Vaccination report Assam 1896-1927 - 1896-1927
Year: 1896
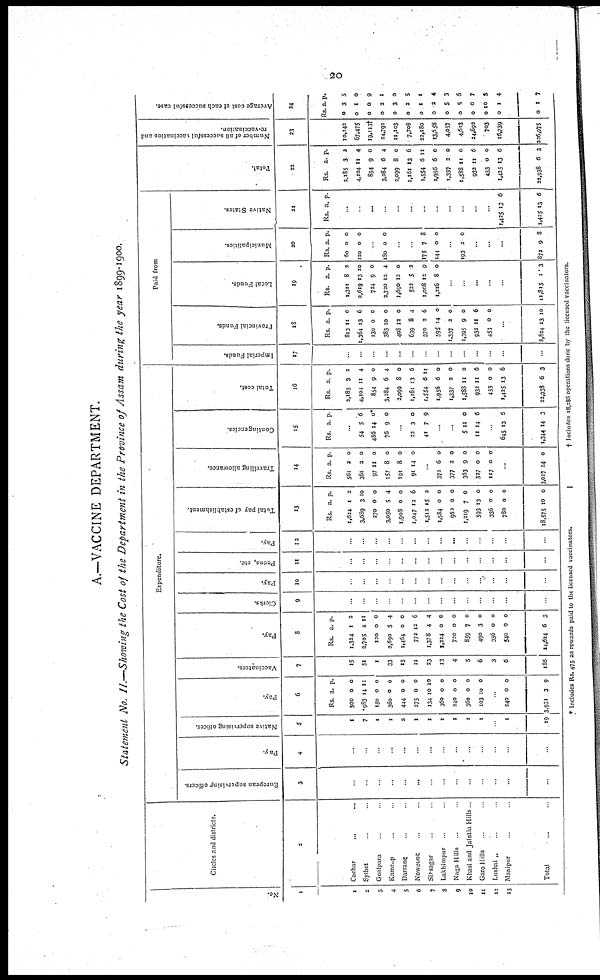
20
A.—VACCINE DEPARTMENT.
Statement No. II.—Showing the Cost of the Department in the Province of Assam during the year 1899-1900.
No.
1
1
2
3
4
5
6
7
8
9
10
11
12
13
Circles and districts.
2
Cachar
...
...
Sylhct ... ...
Goalpara ... ...
Kamrup ... ...
Darrang ... ...
Nowgong ... ...
Sirsagar ... ...
Lakhimpur ... ...
Naga Hills ... ...
Khasi and Jaintia Hills .
Garo Hills ... ...
Lushai „ ...
Manipur ... ...
Total ... ...
Expenditure.
European supervising officers.
3
...
...
...
...
...
...
...
...
...
...
...
...
...
...
Pay.
4
...
...
...
...
...
...
...
...
...
...
...
...
...
...
Native superising officer.
5
1
7
...
...
...
...
...
...
...
...
...
...
1
19
Pay.
6
Rs.
300
983
150
360
444
275
134
360
340
360
103
a.
0
14
0
0
0
0
10
0
0
0
10
p.
0
11
0
0
0
0
10
0
0
0
0
...
240
3,951
0
3
0
9
Vaccinators.
7
15
51
1
33
15
11
23
13
4
5
6
3
6
186
Pay.
8
Rs.
1,324
3,705
120
2,690
1,464
772
1,378
1,324
720
859
490
336
540
14,624
a.
1
4
0
5
0
12
4
0
0
7
3
0
0
6
p.
2
11
0
4
0
6
4
0
0
0
0
0
0
3
Clerks.
9
...
...
...
...
...
...
...
...
...
...
...
...
...
...
Pay.
10
...
...
...
...
...
...
...
...
...
...
...
...
...
...
Peons, etc.
11
...
...
...
...
...
...
...
...
...
...
...
...
...
...
Pay.
12
...
...
...
...
...
...
...
...
...
...
...
...
...
...
Total pay of establishment.
13
Rs.
1,624
3,689
270
3,050
1,908
1,047
1,512
1,584
960
1,219
593
336
780
18,575
a.
1
3
0
5
0
13
15
0
0
7
13
0
0
10
p.
2
10
0
4
0
6
2
0
0
0
0
0
0
0
Travelling allowance.
14
Rs.
561
361
97
157
191
91
a.
2
3
11
8
8
14
p.
0
0
0
0
0
0
...
373
377
363
327
117
6
2
9
0
0
0
0
0
0
0
...
3,017 14 0
Contingencies.
15
Rs. a. p.
...
54
486
76
5
14
9
6
0*
0
...
22
41
3
7
0
9
...
...
5
11
11
14
0
6
...
645
1,344
13
14
5
3
Total cost.
16
Rs.
2,185
4,104
854
3,284
2,099
1,161
1,554
1,956
1,337
1,588
932
453
1,425
22,933
a.
3
11
9
6
8
13
6
6
2
11
11
0
13
6
p.
2
4
0
4
0
6
11
0
0
0
6
0
6
3
Paid from
Imperial Funds.
17
...
...
...
...
...
...
...
...
...
...
...
...
...
...
Provincial Funds.
18
Rs.
813
1,364
130
383
408
639
370
595
1,337
1,395
933
453
a.
11
13
0
10
12
8
2
14
2
9
11
0
p.
0
6
0
0
0
4
6
0
0
0
6
0
...
8,824 13 10
Local Funds.
19
Rs.
1,311
2,619
724
2,730
1,690
532
1,008
1,316
a.
8
13
9
12
13
5
13
8
p.
2
10
0
4
0
2
9
0
...
...
...
...
...
11,815 1 3
Municipalities.
20
Rs.
60
120
a.
0
0
p.
0
0
...
180 0 0
...
...
175
144
7
0
8
0
...
193 2 0
...
...
...
872 9 8
Native States.
21
Rs. a. p.
...
...
...
...
...
...
...
...
...
...
...
...
1,425
1,425
13
13
6
6
Total.
22
Rs.
3,185
4,104
854
3,284
2,099
1,161
1,554
1,956
1,337
1,588
932
453
1,425
22,938
a.
3
11
9
6
8
13
6
6
2
11
11
0
13
6
p.
2
4
0
4
0
6
11
0
0
0
6
0
6
3
Number of all successful vaccination and
re-vaccination.
23
10,142
67,475
19,113†
24,792
11,103
7,708
32,180
13,658
4,057
4,613
24,692
703
16,739
226,975
Average cost of each successful case.
24
Rs.
0
0
0
0
0
0
0
0
0
0
0
0
0
0
a.
3
1
0
3
3
2
1
2
5
5
0
10
1
1
p.
5
0
9
1
0
5
1
4
3
6
7
3
4
7
* Includes Rs. 475 as rewards paid to the licensed vaccinators.
† Includes 18,288 operations done by the licensed vaccinators.